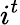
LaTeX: i^{t}